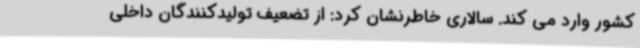
کشور وارد می کند. سالاری خاطرنشان کرد: از تضعیف تولیدکنندگان داخلی